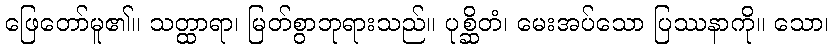
ဖြေတော်မူ၏။ သတ္ထာရာ၊ မြတ်စွာဘုရားသည်။ ပုစ္ဆိတံ၊ မေးအပ်သော ပြဿနာကို။ သော၊